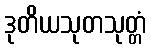
ဒုတိယသုတသုတ္တံ